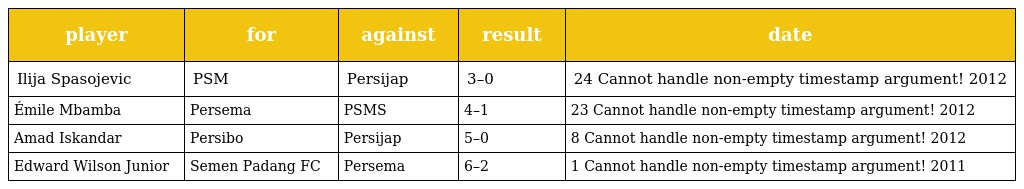
| player | for | against | result | date |
 | --- | --- | --- | --- | --- |
 | Ilija Spasojevic | PSM | Persijap | 3–0 | 24 Cannot handle non-empty timestamp argument! 2012 |
 | Émile Mbamba | Persema | PSMS | 4–1 | 23 Cannot handle non-empty timestamp argument! 2012 |
 | Amad Iskandar | Persibo | Persijap | 5–0 | 8 Cannot handle non-empty timestamp argument! 2012 |
 | Edward Wilson Junior | Semen Padang FC | Persema | 6–2 | 1 Cannot handle non-empty timestamp argument! 2011 |